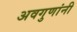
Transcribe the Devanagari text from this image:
अवगुणांनी